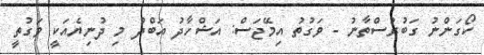
ކޯގަންނު ގަބުރުސްތާނު - ވަގުތު އިމޭޖަސް: އަޝްހާދު އަބްދު މި ދުނިޔެއަކީ ވަގުތީ